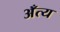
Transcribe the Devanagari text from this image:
अँत्य